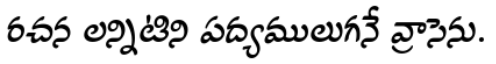
రచన లన్నిటిని పద్యములుగనే వ్రాసెను.